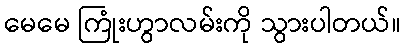
မေမေ ကြုံးဟွာလမ်းကို သွားပါတယ်။